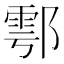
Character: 鄠